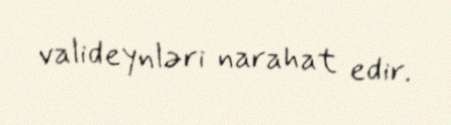
valideynləri narahat edir.